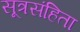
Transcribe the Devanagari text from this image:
सूत्रसंहिता